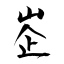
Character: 峜